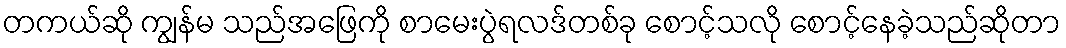
တကယ်ဆို ကျွန်မ သည်အဖြေကို စာမေးပွဲရလဒ်တစ်ခု စောင့်သလို စောင့်နေခဲ့သည်ဆိုတာ